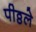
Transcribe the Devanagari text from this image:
पीठ्ठले